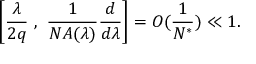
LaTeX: \left[ \frac { \lambda } { 2 q } \ , \ \frac { 1 } { N A ( \lambda ) } \frac { d } { d \lambda } \right] = O ( \frac { 1 } { N ^ { * } } ) \ll 1 .